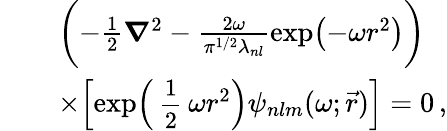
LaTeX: \begin{array}{rl}&{\mathrel{\phantom{=}}\biggl(-\frac{1}{2}\boldsymbol{\nabla}^{2}-\frac{2\omega}{\pi^{1/2}\lambda_{nl}}\exp\bigl(-\omega r^{2}\bigr)\biggr)}\\ &{\mathrel{\phantom{=}}\times\Bigl[\exp\Bigl(\mathrm{\small~\displaystyle\frac{1}{2}~}\omega r^{2}\Bigr)\psi_{nlm}(\omega;\vec{r})\Bigr]=0\, ,}\end{array}